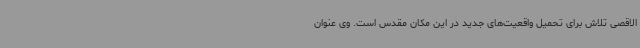
الاقصی تلاش برای تحمیل واقعیت‌های جدید در این مکان مقدس است. وی عنوان